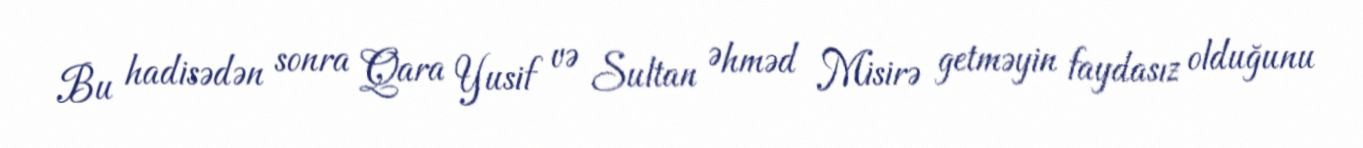
Bu hadisədən sonra Qara Yusif və Sultan Əhməd Misirə getməyin faydasız olduğunu